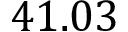
4 1 . 0 3